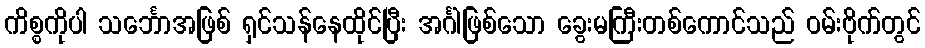
ကိစ္စကိုပါ သင်္ဘောအဖြစ် ရှင်သန်နေထိုင်ပြီး အင်္ဂါဖြစ်သော ခွေးမကြီးတစ်ကောင်သည် ဝမ်းဗိုက်တွင်